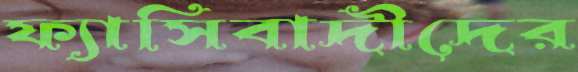
ফ্যাসিবাদীদের